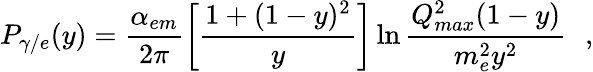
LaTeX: P_{\gamma/e}(y)=\frac{\alpha_{em}}{2\pi}\left[\frac{1+(1-y)^{2}}{y}\right]\ln\frac{Q_{max}^{2}(1-y)}{m_{e}^{2}y^{2}}\: \: \: ,